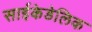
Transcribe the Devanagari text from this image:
साईकेडेलिक